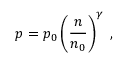
p = p _ { 0 } \left( \frac { n } { n _ { 0 } } \right) ^ { \gamma } \; ,